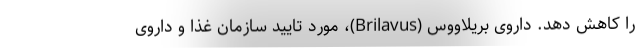
را کاهش دهد. داروی بریلاووس (Brilavus)، مورد تایید سازمان غذا و داروی